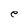
Character: e